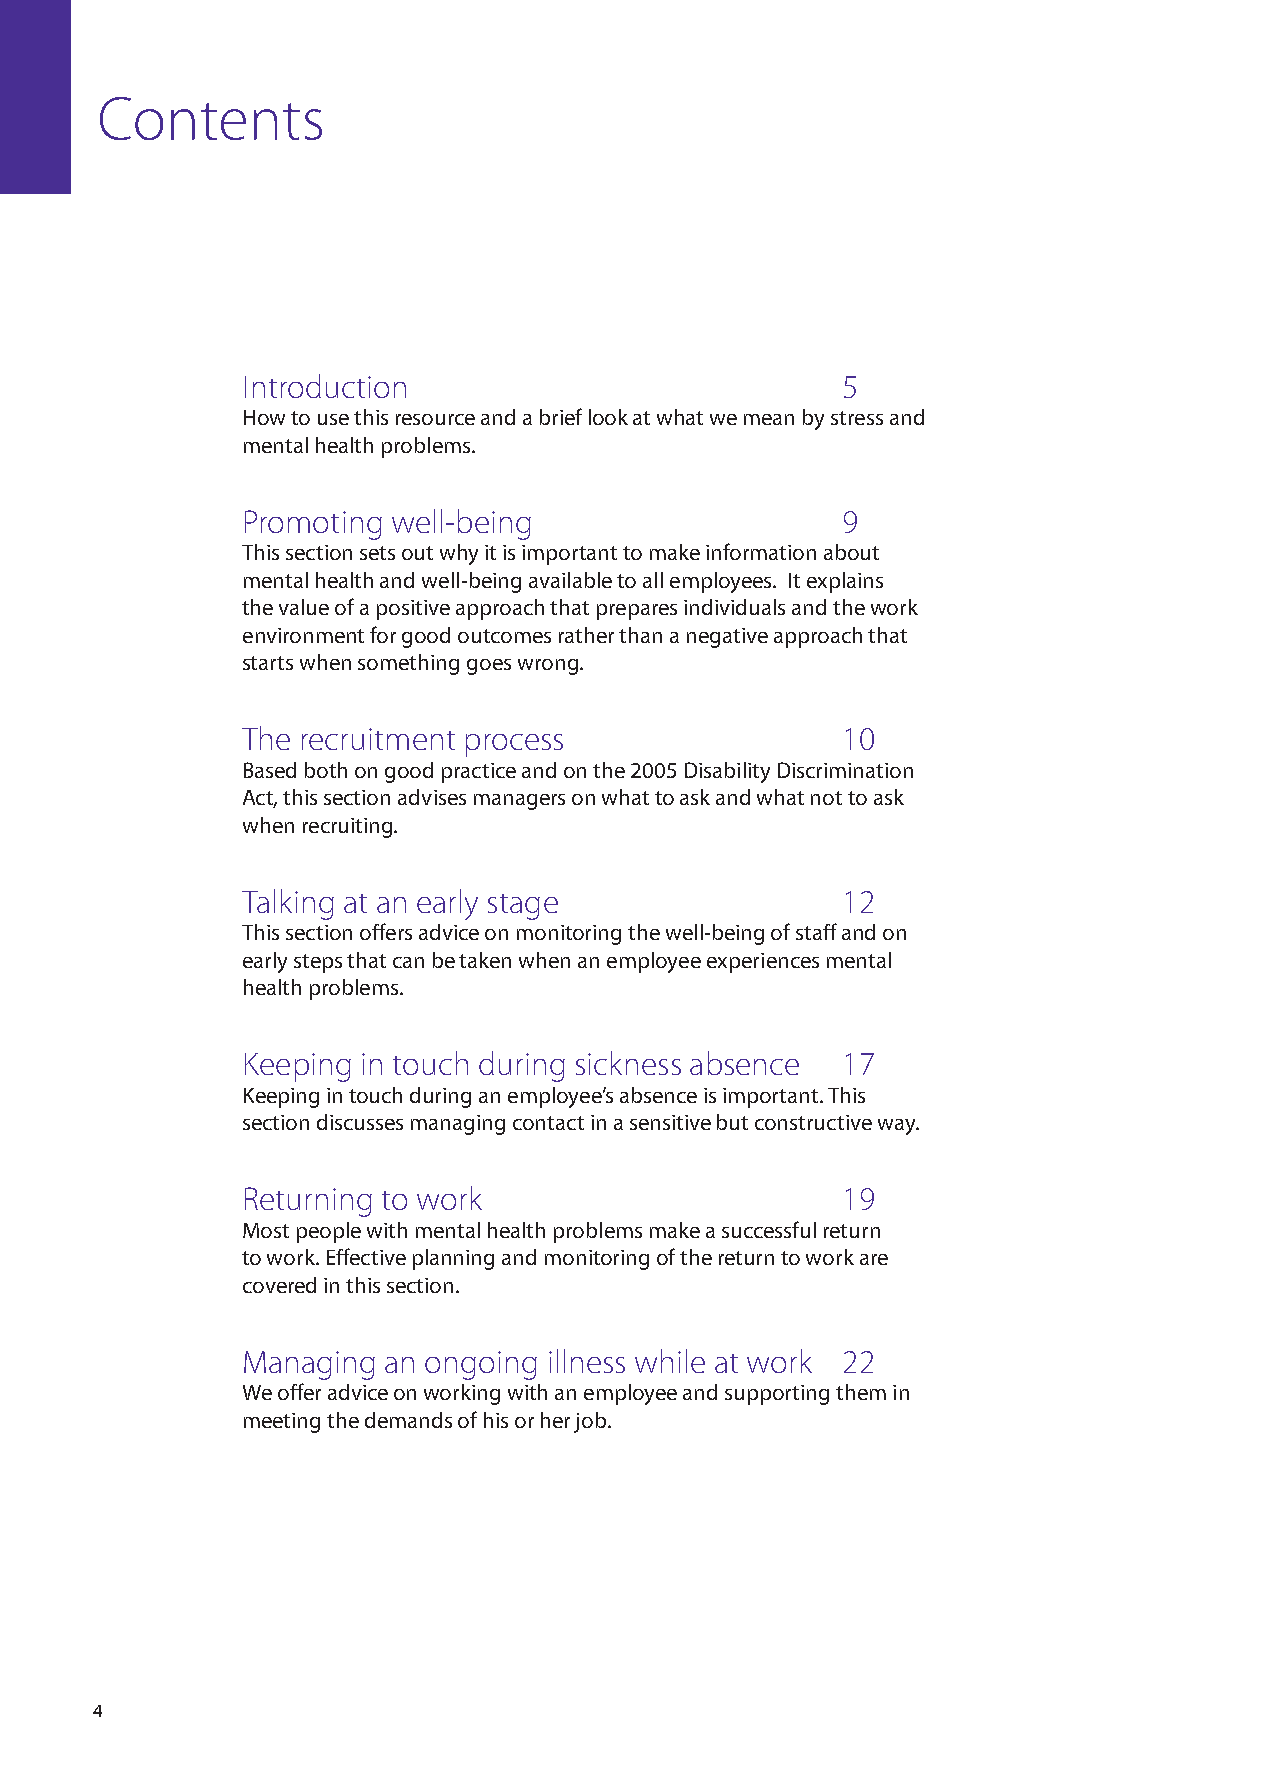
Contents                                                                          Introduction
 Introduction                            5
 How to use this resource and a brief look at what we mean by stress and
 mental health problems.
 Promoting well-being                    9
 This section sets out why it is important to make information about
 mental health and well-being available to all employees. It explains
 the value of a positive approach that prepares individuals and the work
 environment for good outcomes rather than a negative approach that
 starts when something goes wrong.
 The recruitment process                 10
 Based both on good practice and on the 2005 Disability Discrimination
 Act, this section advises managers on what to ask and what not to ask
 when recruiting.
 Talking at an early stage               12
 This section offers advice on monitoring the well-being of staff and on
 early steps that can be taken when an employee experiences mental
 health problems.
 Keeping in touch during sickness absence 17
 Keeping in touch during an employee’s absence is important. This
 section discusses managing contact in a sensitive but constructive way.
 Returning to work                       19
 Most people with mental health problems make a successful return
 to work. Effective planning and monitoring of the return to work are
 covered in this section.
 Managing an ongoing illness while at work 22
 We offer advice on working with an employee and supporting them in
 meeting the demands of his or her job.
 4